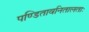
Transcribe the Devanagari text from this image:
पण्डितावनितालताः